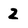
Character: 2